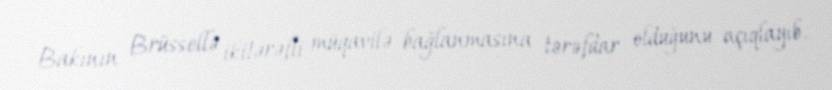
Bakının Brüssellə ikitərəfli müqavilə bağlanmasına tərəfdar olduğunu açıqlayıb.